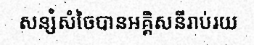
សន្សំសំចៃបានអគ្គិសនីរាប់រយ